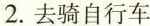
2.去骑自行车